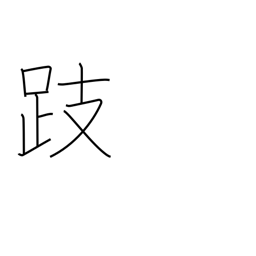
Meaning: stand on tiptoes